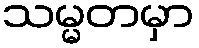
သမ္မတမှာ